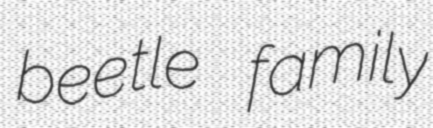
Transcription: beetle family